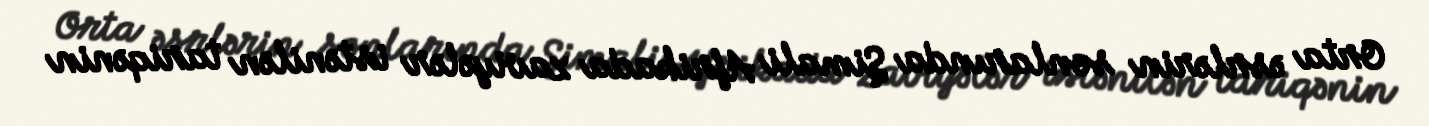
Orta əsrlərin sonlarında Şimali Afrikada zaviyələr istənilən tariqənin